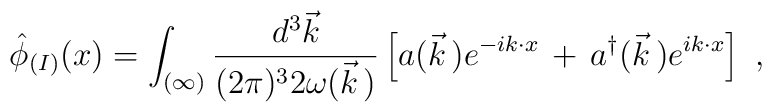
\hat{\phi}_{(I)}(x)=\int_{(\infty)}\frac{d^3\vec{k}}{(2\pi)^32\omega(\vec{k}\,)}\left[a(\vec{k}\,)e^{-ik\cdot x}\,+\,a^\dagger(\vec{k}\,)e^{ik\cdot x}\right]\ ,